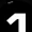
Digit: 1